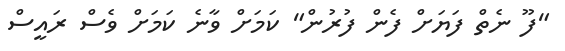
"ފޫ ނެތް ފަޔަށް ފެން ފުރުން" ކަމަށް ވާނެ ކަމަށް ވެސް ރައީސް